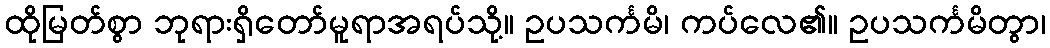
ထိုမြတ်စွာ ဘုရားရှိတော်မူရာအရပ်သို့။ ဥပသင်္ကမိ၊ ကပ်လေ၏။ ဥပသင်္ကမိတွာ၊